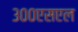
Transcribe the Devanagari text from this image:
३००एसएल